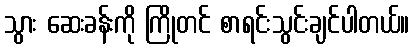
သွား ဆေးခန်းကို ကြိုတင် စာရင်းသွင်းချင်ပါတယ်။